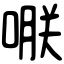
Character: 𠹻